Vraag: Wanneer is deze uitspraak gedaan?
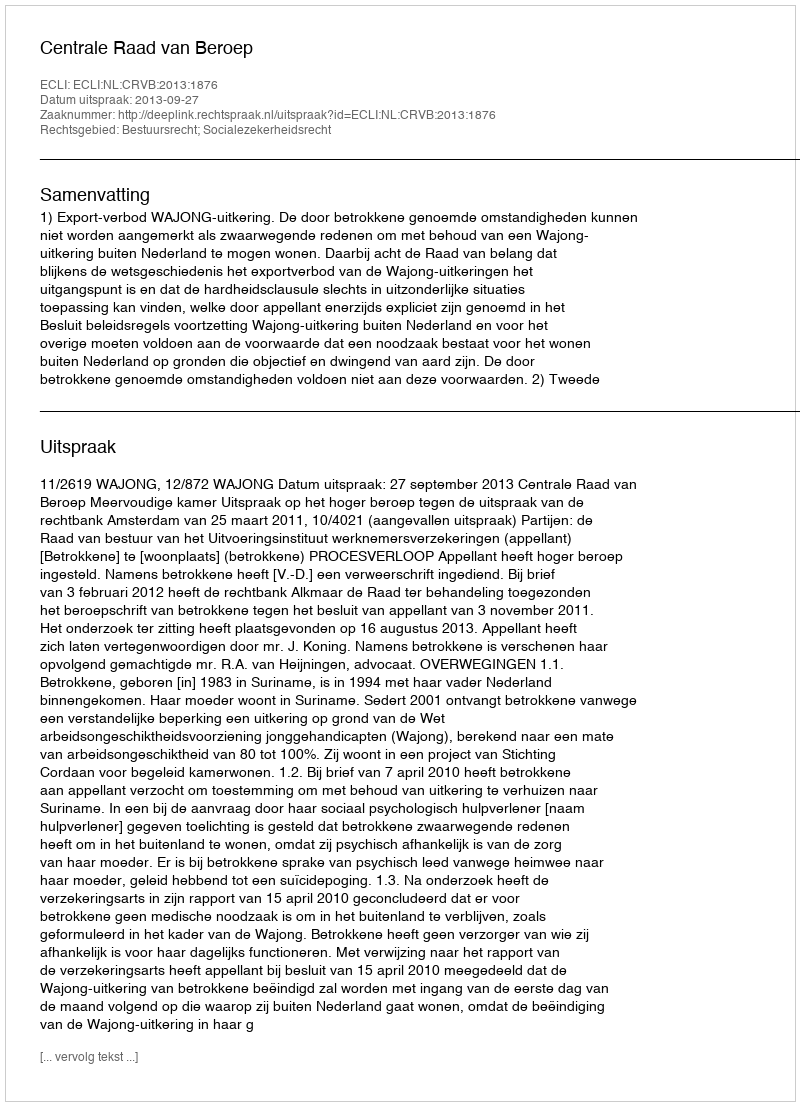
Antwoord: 2013-09-27